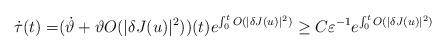
LaTeX: \begin{align*}\dot{\tau}(t) = & (\dot{\vartheta}+\vartheta O(\vert \delta J(u)\vert^{2}))(t)e^{\int_{0}^{t}O(\vert \delta J(u)\vert^{2})}\geq C\varepsilon^{-1}e^{\int_{0}^{t}O(\vert \delta J(u)\vert^{2})}\end{align*}